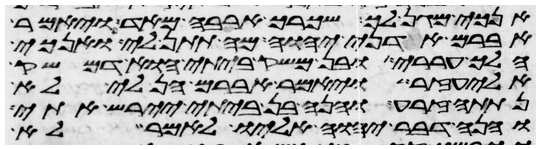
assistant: אנכי מגן לך ושכרך ארבה מאד ויאמר
אברם אדני יהוה מה תתן לי ואנכי
הלך עררי ובן משק ביתי הוא דמשק
אליעזר ויאמר אברם הן לי לא
נתתה זרע והנה בן ביתי יירש אתי
והנה דבר יהוה אליו לאמר לא